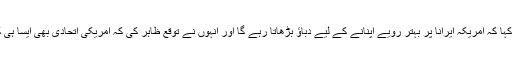
انہوں نے کہا کہ امریکہ ایرانا پر بہتر رویے اپنانے کے لیے دباؤ بڑھاتا رہے گا اور انہوں نے توقع ظاہر کی کہ امریکی اتحادی بھی ایسا ہی کریں گے۔